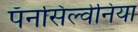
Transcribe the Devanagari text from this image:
पॅनसिल्वेनिया